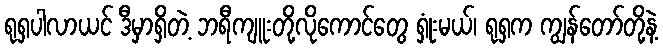
ရုရှပါလာယင် ဒီမှာရှိတဲ့ ဘရီကျူးတို့လိုကောင်တွေ ရှုံးမယ်၊ ရုရှက ကျွန်တော်တို့နဲ့